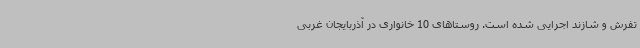
تفرش و شازند اجرایی شده است. روستاهای 10 خانواری در آذربایجان غربی